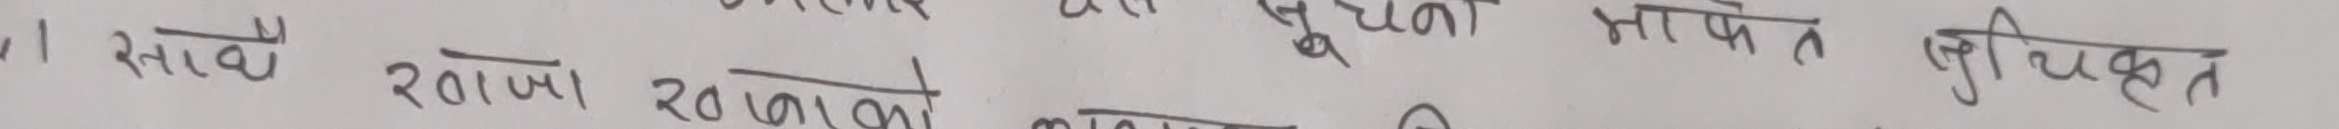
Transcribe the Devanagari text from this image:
स्तमै राखिए। २०७७ कात्तिक २६ गते।